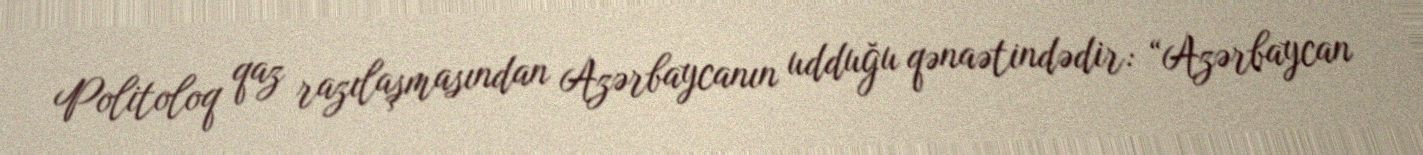
Politoloq qaz razılaşmasından Azərbaycanın udduğu qənaətindədir: “Azərbaycan